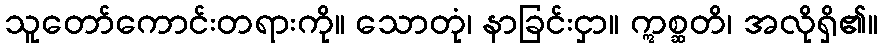
သူတော်ကောင်းတရားကို။ သောတုံ၊ နာခြင်းငှာ။ ဣစ္ဆတိ၊ အလိုရှိ၏။